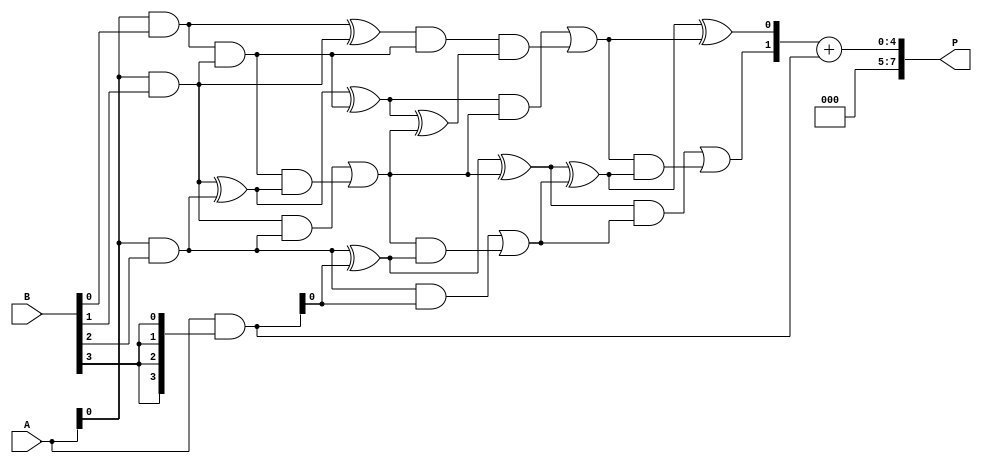
module low_power_wallace_tree_multiplier #(parameter N = 4) (
    input [N-1:0] A,
    input [N-1:0] B,
    output reg [2*N-1:0] P
);

    // Partial Product Generation
    wire [N-1:0] pp [0:N-1]; // Partial products
    genvar i, j;
    generate
        for (i = 0; i < N; i = i + 1) begin : gen_partial_products
            assign pp[i] = A & {N{B[i]}};
        end
    endgenerate

    // Wallace Tree Reduction
    wire [N-1:0] sum [0:N-1]; // Sums at each stage
    wire [N-1:0] carry [0:N-1]; // Carries at each stage

    // Level 1: Combine partial products using half adders and full adders
    generate
        for (i = 0; i < N-1; i = i + 1) begin : level1
            if (i == 0) begin
                assign sum[i] = pp[i][0] ^ pp[i+1][0];
                assign carry[i] = pp[i][0] & pp[i+1][0];
            end else begin
                assign sum[i] = pp[i][0] ^ pp[i+1][0] ^ carry[i-1];
                assign carry[i] = (pp[i][0] & pp[i+1][0]) | (carry[i-1] & (pp[i][0] ^ pp[i+1][0]));
            end
        end
    endgenerate

    // Further levels of reduction
    wire [N-1:0] final_sum;
    wire [N-1:0] final_carry;

    // Level 2: Combine sums and carries
    generate
        for (i = 0; i < N-1; i = i + 1) begin : level2
            if (i == 0) begin
                assign final_sum[i] = sum[i][0] ^ carry[i];
                assign final_carry[i] = sum[i][0] & carry[i];
            end else begin
                assign final_sum[i] = sum[i][0] ^ carry[i] ^ final_carry[i-1];
                assign final_carry[i] = (sum[i][0] & carry[i]) | (final_carry[i-1] & (sum[i][0] ^ carry[i]));
            end
        end
    endgenerate

    // Final addition of the last two numbers
    wire [2*N-1:0] final_result;
    assign final_result = {final_carry[N-2], final_sum[N-2]} + {1'b0, pp[N-1]};

    // Output the final product
    always @(*) begin
        P = final_result;
    end

endmodule